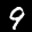
Label: 9